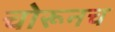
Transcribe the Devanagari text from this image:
चोरूनच